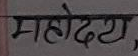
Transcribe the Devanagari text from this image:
महोदय,